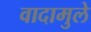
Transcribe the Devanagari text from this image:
वादामुले